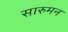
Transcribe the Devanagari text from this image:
सारुमन